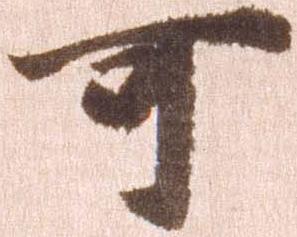
可